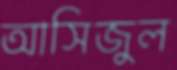
আসিজুল